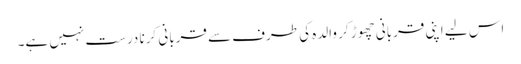
اس لیے اپنی قربانی چھوڑ کر والدہ کی طرف سے قربانی کرنا درست نہیں ہے۔